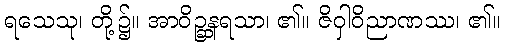
ရသေသု၊ တို့၌။ အာဝိဉ္ဆနရသာ၊ ၏။ ဇိဝှါဝိညာဏဿ၊ ၏။